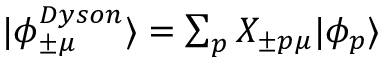
\begin{array} { r } { | \phi _ { \pm \mu } ^ { D y s o n } \rangle = \sum _ { p } X _ { \pm p \mu } | \phi _ { p } \rangle } \end{array}